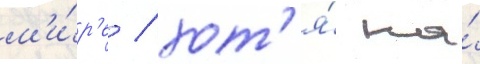
м'и́р'е / хот'я́ на́